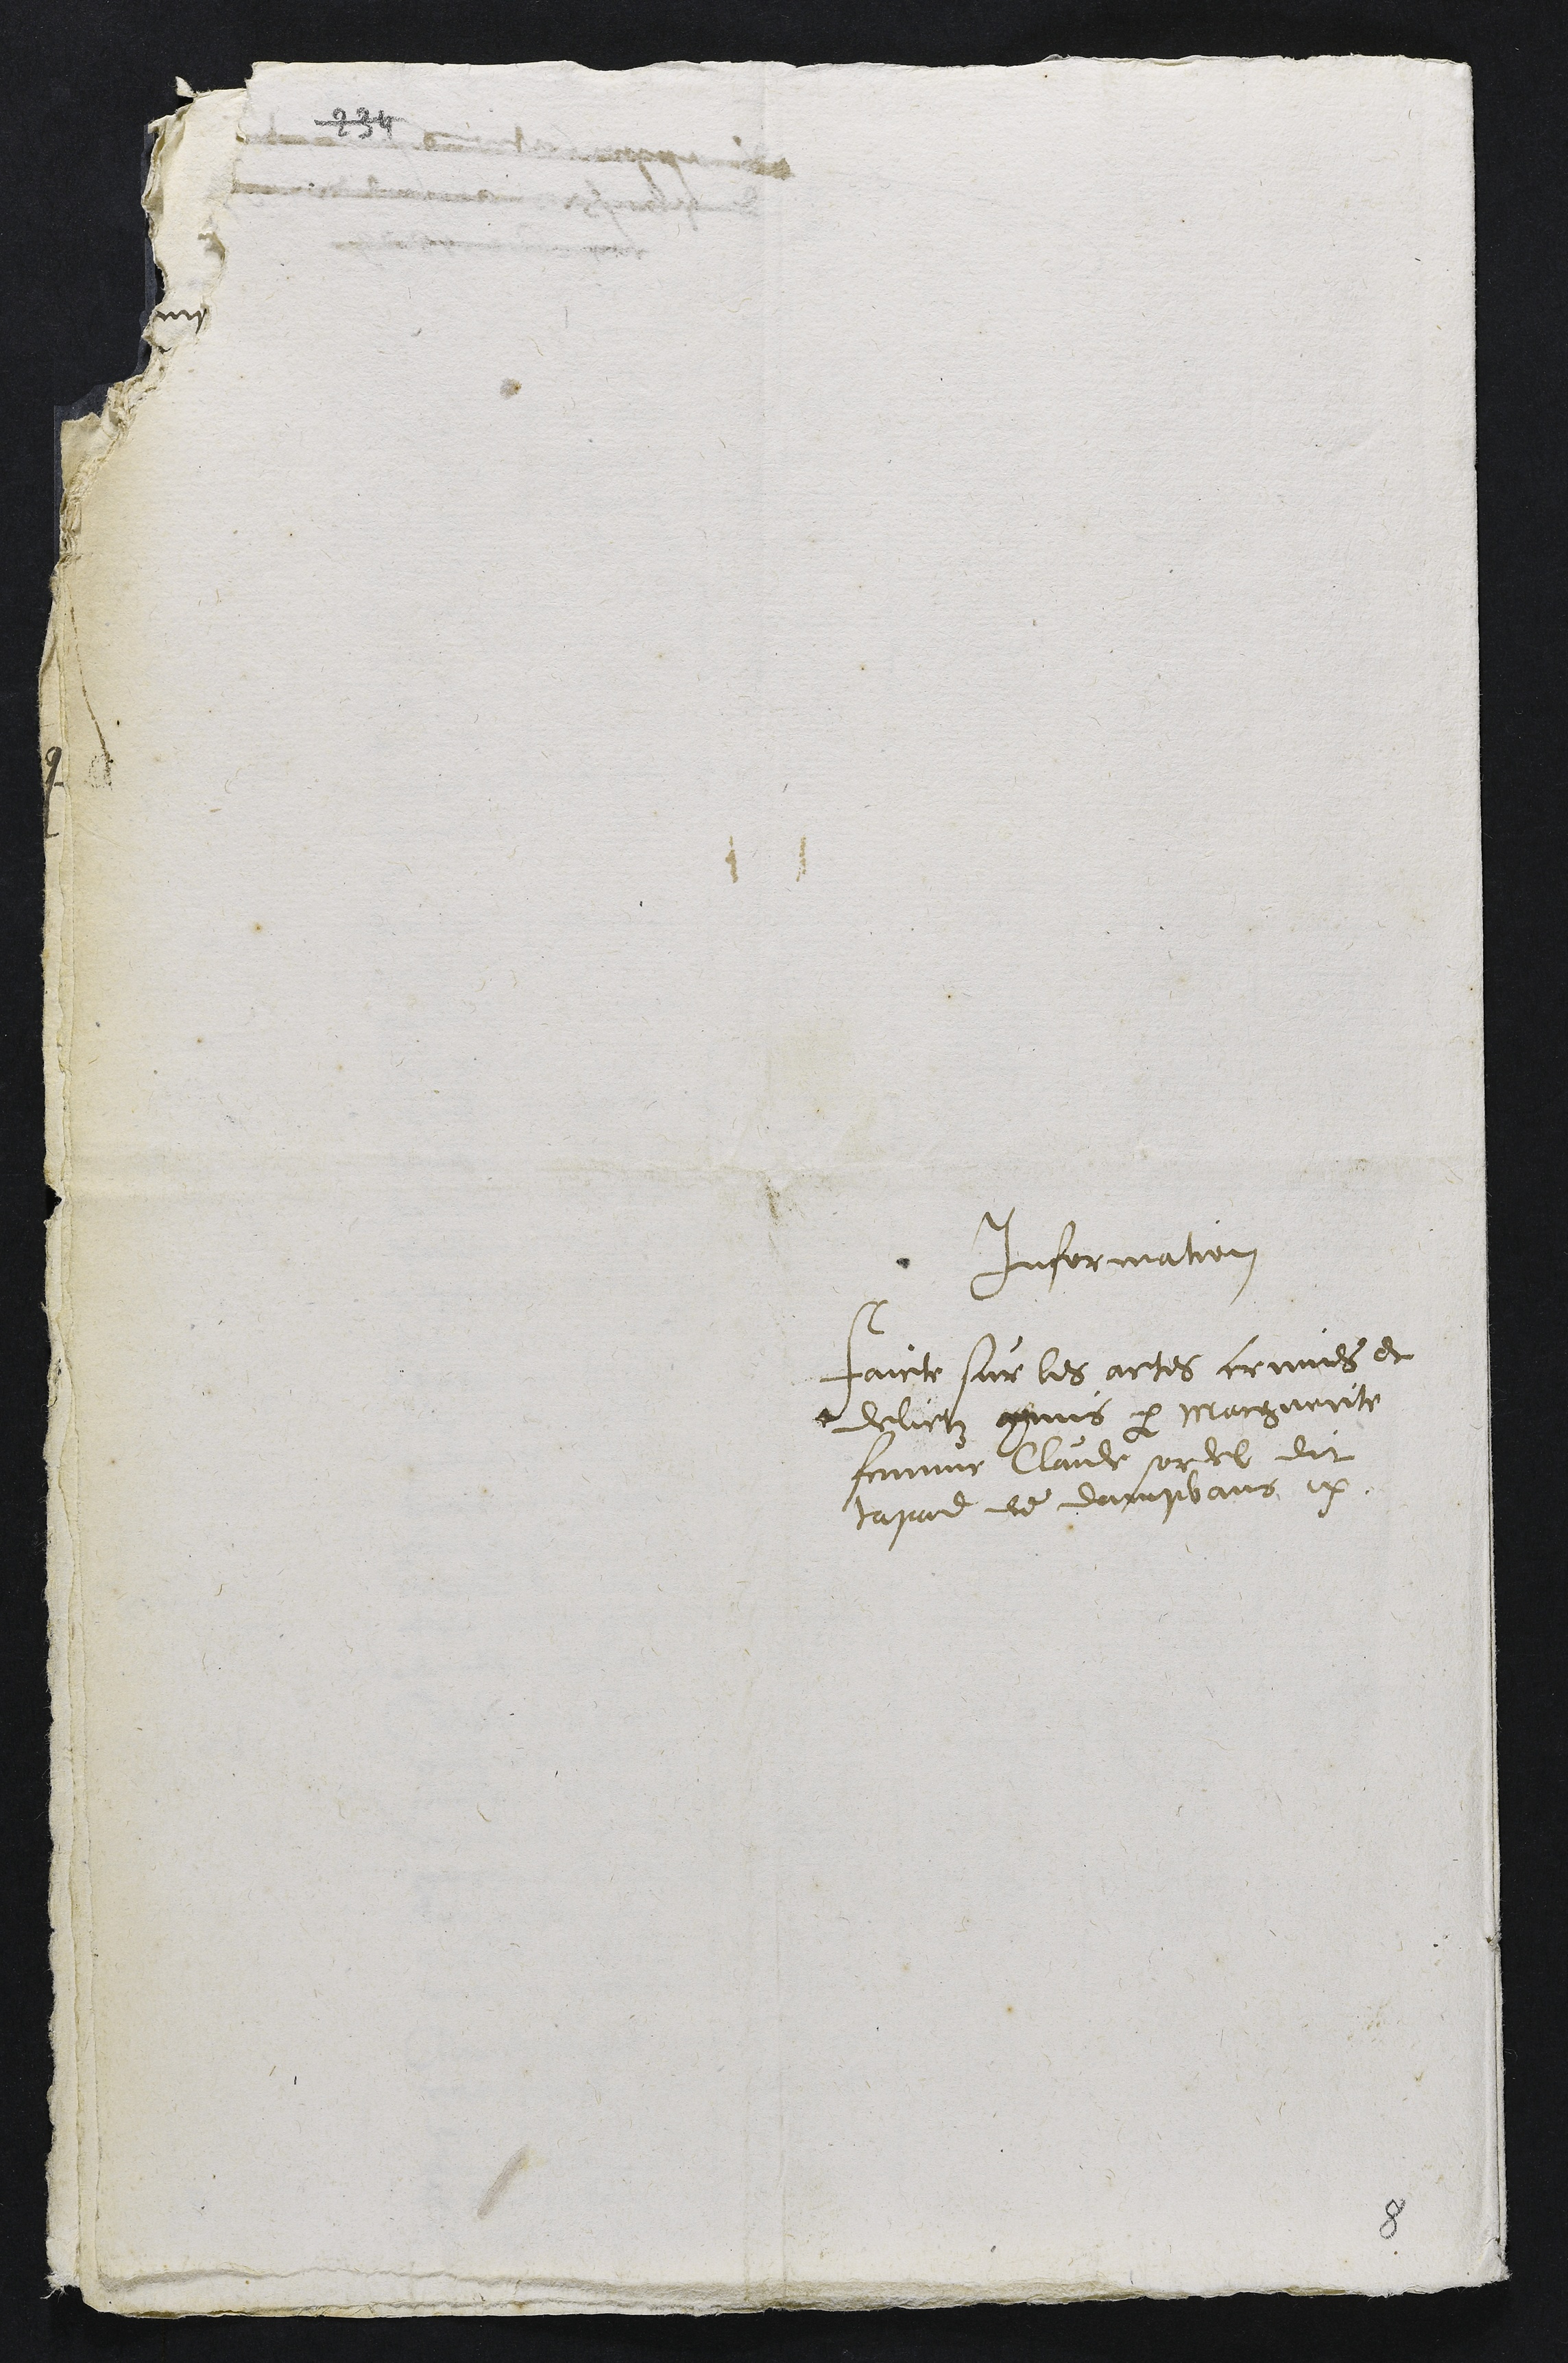
Information
Faicte sur les actes crimes et
delictz commis par Marguerite
femme Claude sordel dit
tapad de dampvans etc.